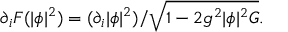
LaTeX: \partial _ { i } { \cal F } ( | \phi | ^ { 2 } ) = ( \partial _ { i } | \phi | ^ { 2 } ) / \sqrt { 1 - 2 g ^ { 2 } | \phi | ^ { 2 } G } .